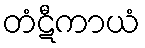
တံဋီကာယံ